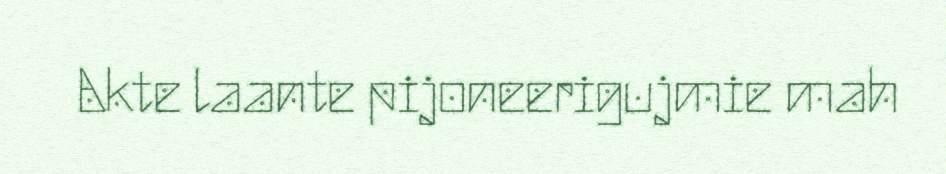
Akte laante pijoneerigujmie mah